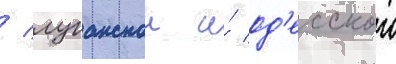
/ луганскои и́ од'есскои